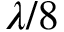
\lambda / 8